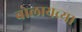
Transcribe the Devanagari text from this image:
बोलायच्या